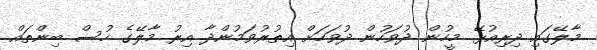
މާލޭގައި ދިރިއުޅޭ މީހުން ދުވަހުން ދުވަހަށް އިތުރުވަމުންދާ އިރު މާލޭގެ ހުސް ބިންތައް